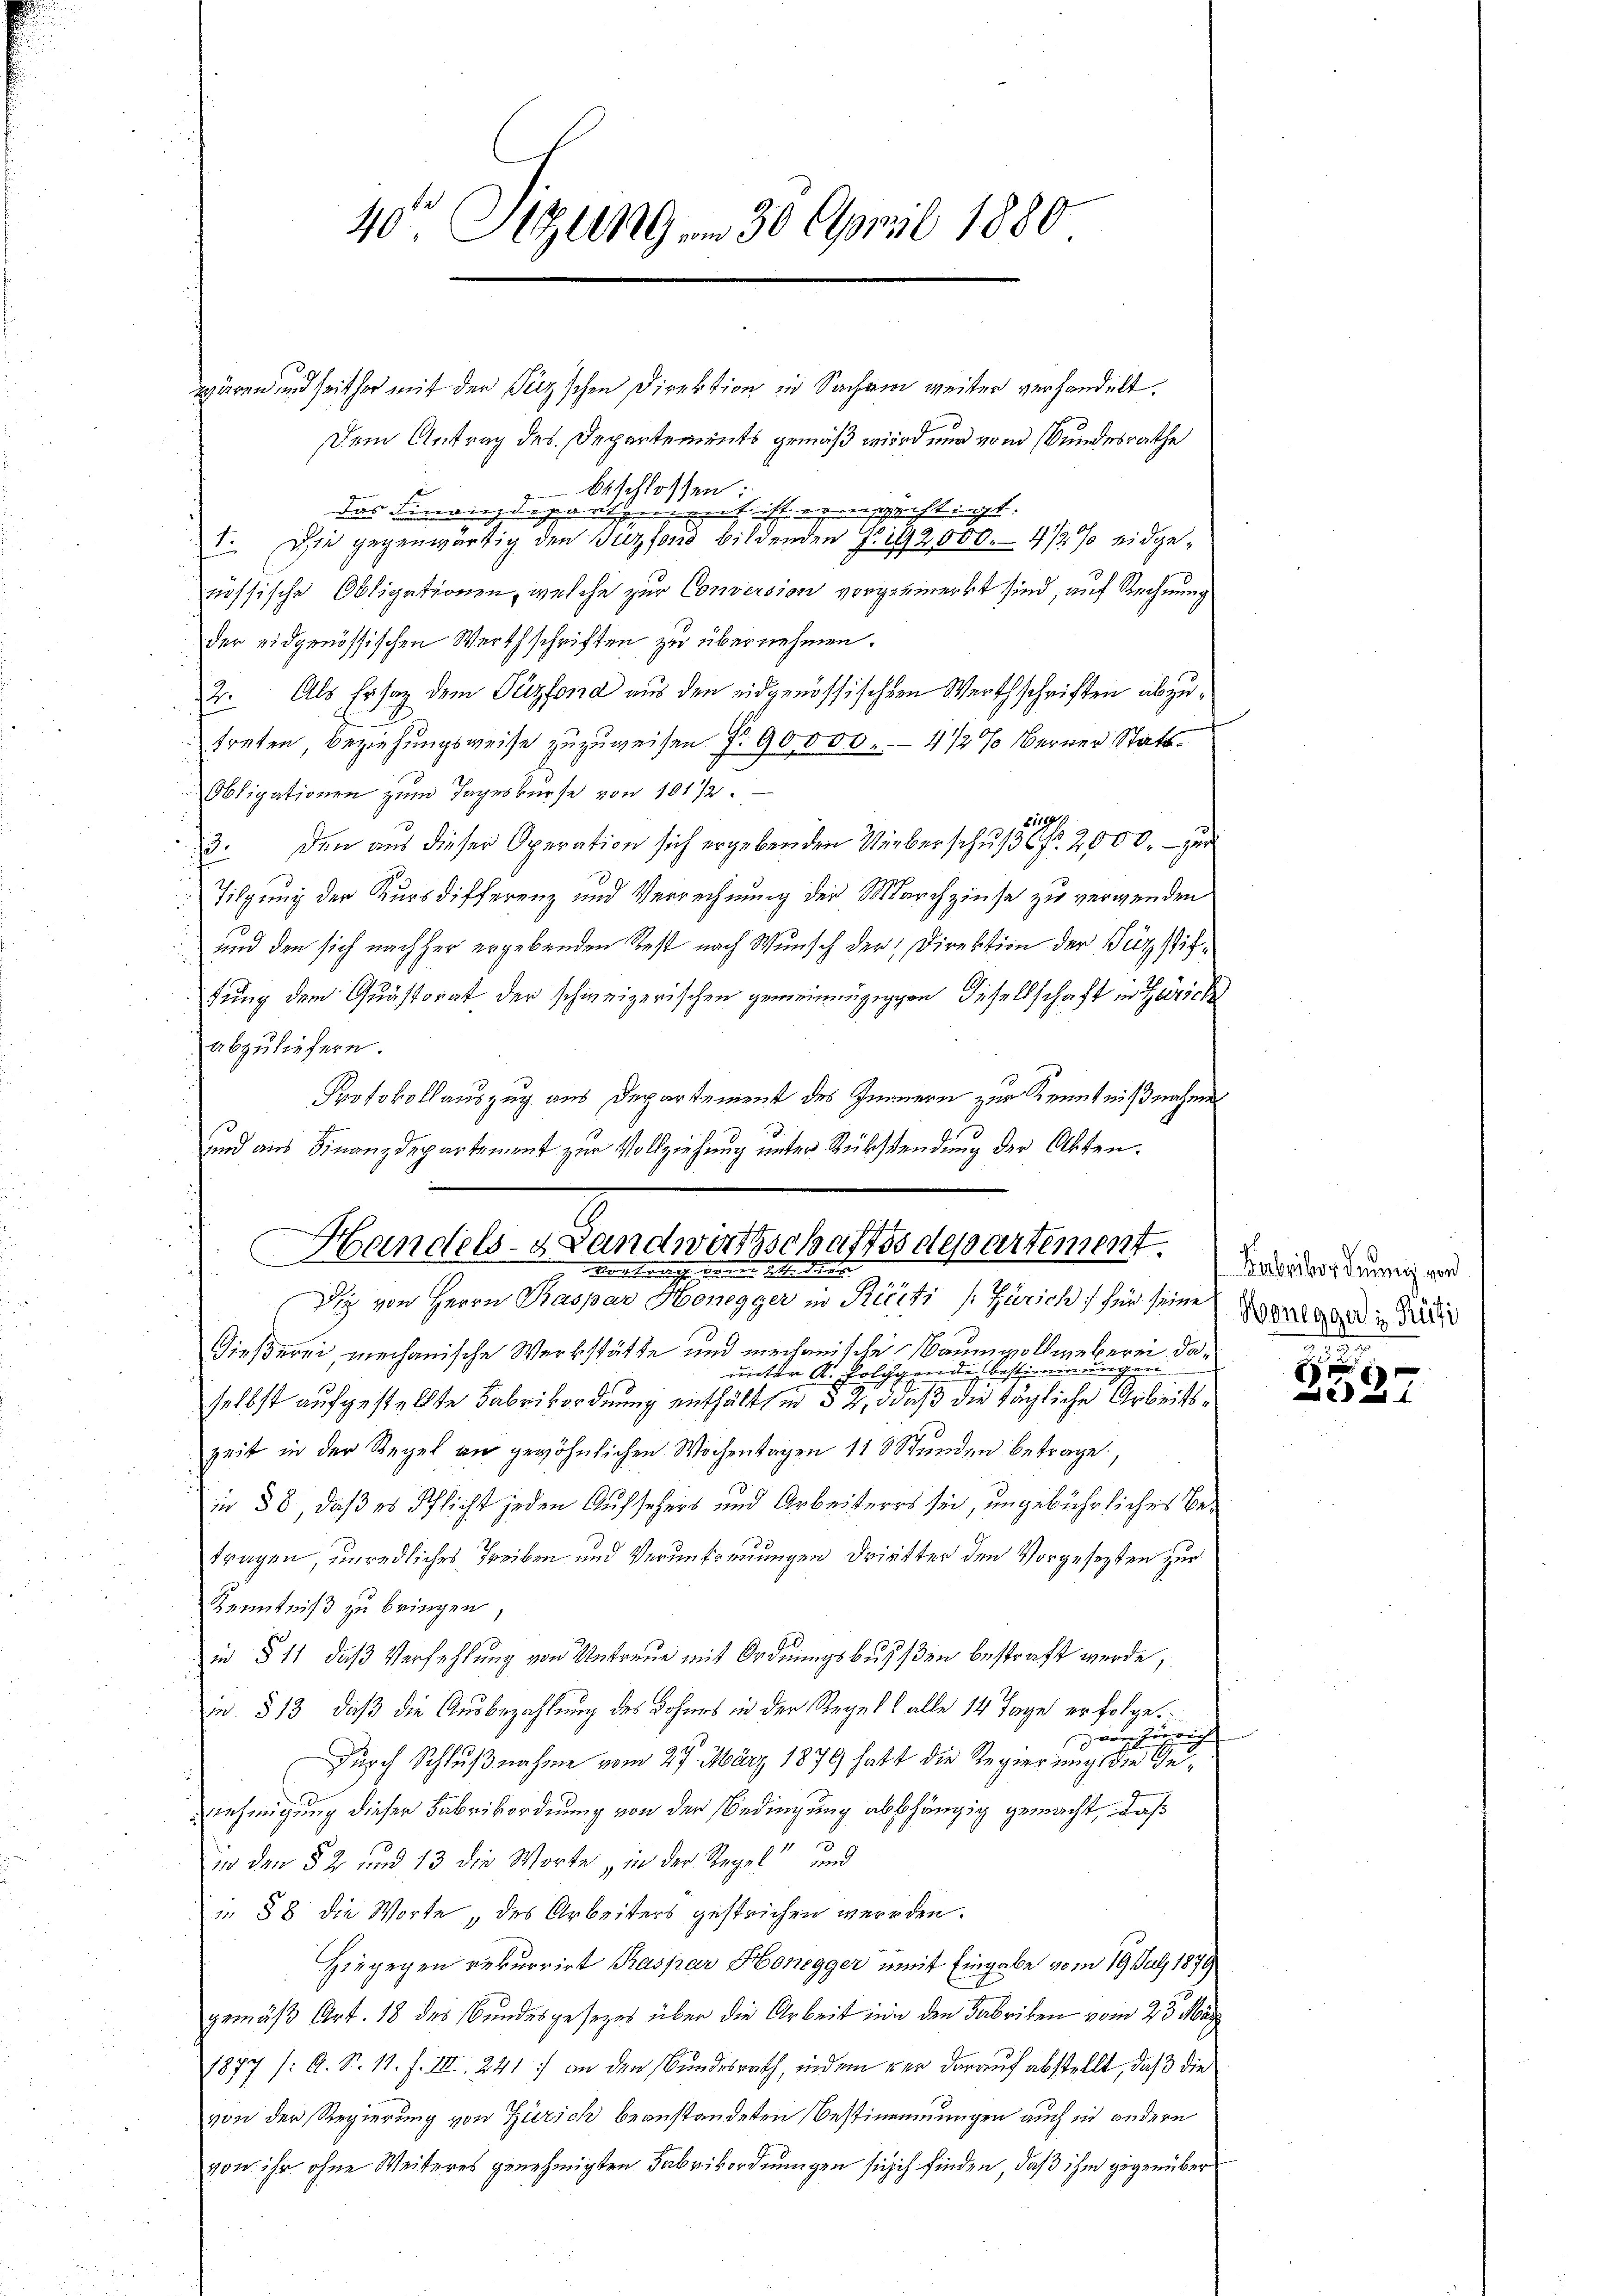
40 Sizung am 30. April 1880

wären und seither mit der Piz'schen Direktion in Sachen weiter verhandelt.
Dem Antrag des Departements gemäß wird nur vom Bundesrathe
beschlossen:
das Finanzdepartement ist ermächtigt.
A.
1. Die gegenwärtig den Tuzfond bildenden J. 1792,000. 412 % eidgenössische Obligationen, welche zur Conversion vorgermerkt sind, auf Rechnung
der eidgenössischen Werthschriften zu übernehmen.
2. Als Ersatz dem Puzfona aus den eidgenössischem Werthschriften abzutreten Beziehungsweise zuzuweisen Nr. 90,000.- 4/2% berner Statt¬
Obligationen zum Tageskurse von 101/2.
1189
23. Den aus dieser Operation sich ergebenden Ueberschuß Fr. 2000.- zur
Tilgung der Kursdifferenz und Verrechnung der Marchzinse zu vergenden
 und den sich nachher ergebenden Rest nach Wunsch der Direktion der Bürstiftung dem Quästorat der schweizerischen gemeinnüzigen diesellschaft in Zürich
abzuliefern.
Protokollauszug aus Departement des Innern zur Kenntnißnahmen
3
sind aus Finanzdepartement zur Vollziehung unter Rüksendung der Akten.
3
Gießerei mechanische Werkstätte und mechanische Baumwollweberei, daunter K. folgende Bestimmungen.
selbst aufgestellte Fabrikordnung enthält in § 2, daß die tägliche Arbeitszeit in der Regel an gewöhnlichen Wochentagen 118 Stunden betraget,
in 88, daß es Pflicht jeden Aufsehers und Arbeiteres sei, ungebührliches Betragen, unredliches Treiben und Veruntreuungen dritter den Vorgesezten zur
Kenntniß zu bringen,
in § 11, daß Verfehlung von Untreue mit Ordnungsbussen bestraft werde,
w. 313, daß die Ausbezahlung des Lohnes in der Regell alle 14 Tage erfolge.
ern Zürich
Durch Schlußnahme vom 27. März 1879 hatt die Regierung die Genehmigung dieser Fabrikordnung von der Bedingung abhängig gemacht, daß
in den 52 und 13 die Worte „in der Stegel und
 § 8 die Worte, des Arbeiters gestrichen werden.
Hiegegen rekurrirt Raspar Honegger weit Eingabe vom 19. Juli 1879
gemäß Art. 18 des Bundesgesetzes über die Arbeit in den Fabriken vom 23. März
1877 /: A. S. 11. f. III 241) an den Bundesrath, indem per darauf abstellt, daß die
von der Regierung von Zürich beanstandeten Bestimmungen auch in andern
von ihr ohne Weiteres genehmigten Fabrikordnungen sich ich finden, daß ihm gegenüber

Handels- & Landwirthschaftssdepartement
vor brache von in d. M. dank.
Die von Herrn Paspar Honegger in Riecti (Zürich) für seine

Kabeiber dennig von
Honegger : Rüfi

g